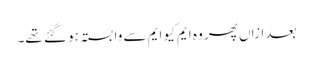
بعد ازاں پھر وہ ایم کیو ایم سے وابستہ ہو گئے تھے۔